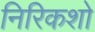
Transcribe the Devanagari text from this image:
निरिकशो